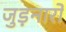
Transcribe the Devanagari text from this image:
जुड़नारों